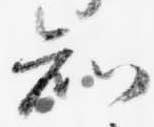
知